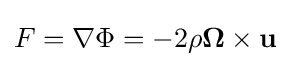
F=\nabla \Phi =-2\rho \mathbf {\Omega } \times {\mathbf {u} }